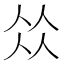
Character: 𠈌